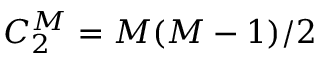
C _ { 2 } ^ { M } = M ( M - 1 ) / 2